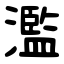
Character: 濫